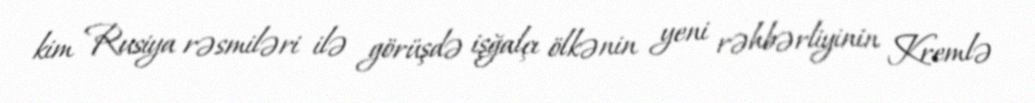
kim Rusiya rəsmiləri ilə görüşdə işğalçı ölkənin yeni rəhbərliyinin Kremlə